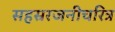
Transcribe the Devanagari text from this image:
सहस्ररजनीचरित्र